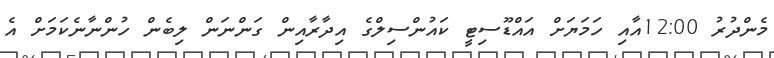
މެންދުރު 12:00އާއި ހަމަޔަށް އައްޑޫސިޓީ ކައުންސިލްގެ އިދާރާއިން ގަންނަން ލިބެން ހުންނާނެކަމަށް އެ